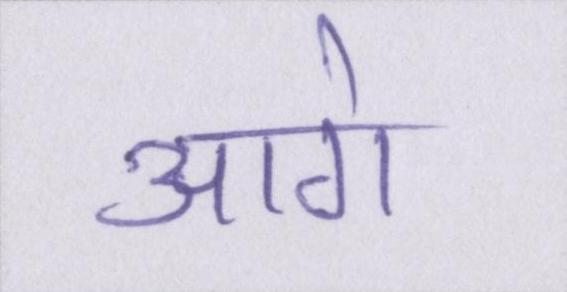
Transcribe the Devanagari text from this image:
आगे